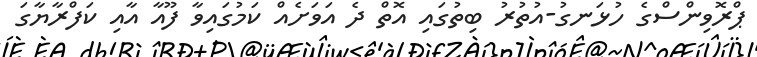
ޕްރޮވިންސްގެ ހުޅަނގު-އުތުރު ބިތުގައި އޮތް ދެ އަވަށެއް ކަމުގައިވާ ފޫއާ އާއި ކަފްރާޔާގަ